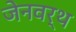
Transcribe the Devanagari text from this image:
जेनवर्थ